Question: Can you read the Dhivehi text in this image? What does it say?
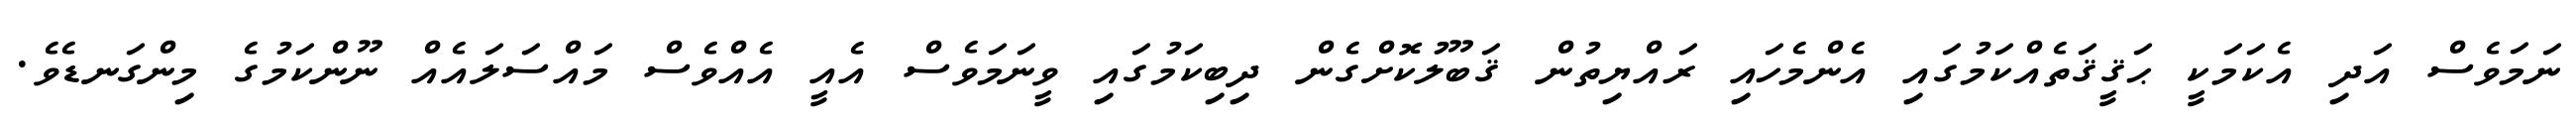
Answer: ނަމަވެސް އަދި އެކަމަކީ ޙަޤީޤަތެއްކަމުގައި އެންމެހައި ރައްޔިތުން ޤަބޫލުކޮށްގެން ދިބިކަމުގައި ވީނަމަވެސް އެއީ އެއްވެސް މައްސަލައެއް ނޫންކަމުގެ މިންގަނޑެވެ.